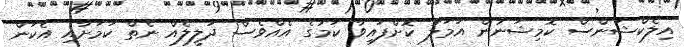
އިލެކްޝަންސް ކޮމިޝަނުން އަމަލު ކޮށްފައިވާ ކަމުގެ އެއްވެސް ދަލީލެއް ނެތް ކަމަށާއި އެކަން